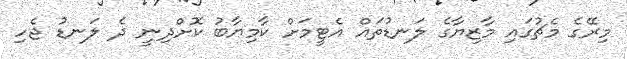
މިރޭގެ މެޗުގައި މާޒިޔާގެ ލަނޑުތައް އެޓީމަށް ކާމިޔާބު ކޮށްދިނީ ދެ ލަނޑު ޖެހި